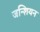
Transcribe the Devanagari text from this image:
जन्शियन